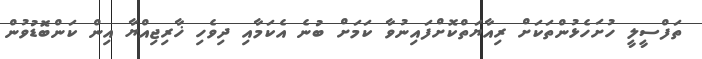
ތަފްސީލީ ހުށަހެޅުންތަކަށް ރިއާޔަތްކޮށްފައިނުވާ ކަމަށް ބުނެ އެކަމާއި ދިވެހި ޚާރިޖިއްޔާ އިން ކަންބޮޑުވުން